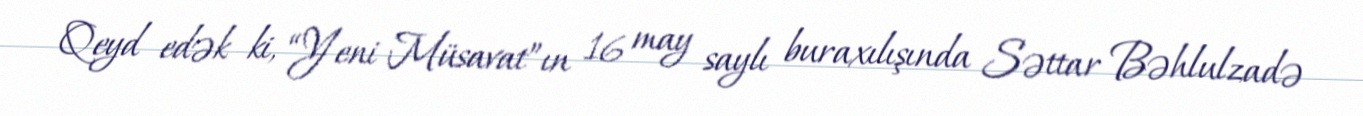
Qeyd edək ki, “Yeni Müsavat”ın 16 may saylı buraxılışında Səttar Bəhlulzadə